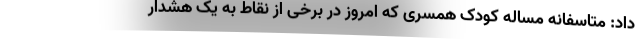
داد: متاسفانه مساله کودک همسری که امروز در برخی از نقاط به یک هشدار